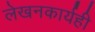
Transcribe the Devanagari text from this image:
लेखनकार्यही